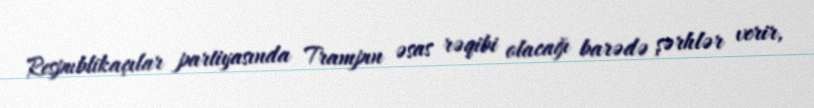
Respublikaçılar partiyasında Trampın əsas rəqibi olacağı barədə şərhlər verir,